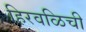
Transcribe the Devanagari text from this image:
हिरवळिची